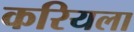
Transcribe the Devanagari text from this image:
करियला